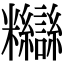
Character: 𥽸